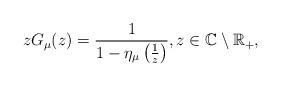
LaTeX: \begin{align*}zG_{\mu}(z)=\frac{1}{1-\eta_{\mu}\left(\frac{1}{z}\right)},z\in\mathbb{C}\setminus\mathbb{R}_{+},\end{align*}